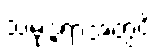
သမုဒ္ဒရာအတွင်း